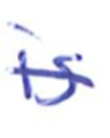
Text: is
Cross-out: single-line
Writing tool: ballpoint